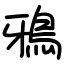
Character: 鴉